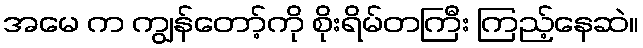
အမေ က ကျွန်တော့်ကို စိုးရိမ်တကြီး ကြည့်နေဆဲ။